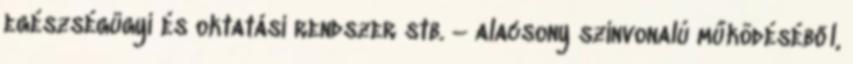
egészségügyi és oktatási rendszer stb. – alacsony színvonalú működéséből,